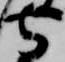
守